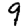
Digit: 9